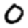
Digit: 0